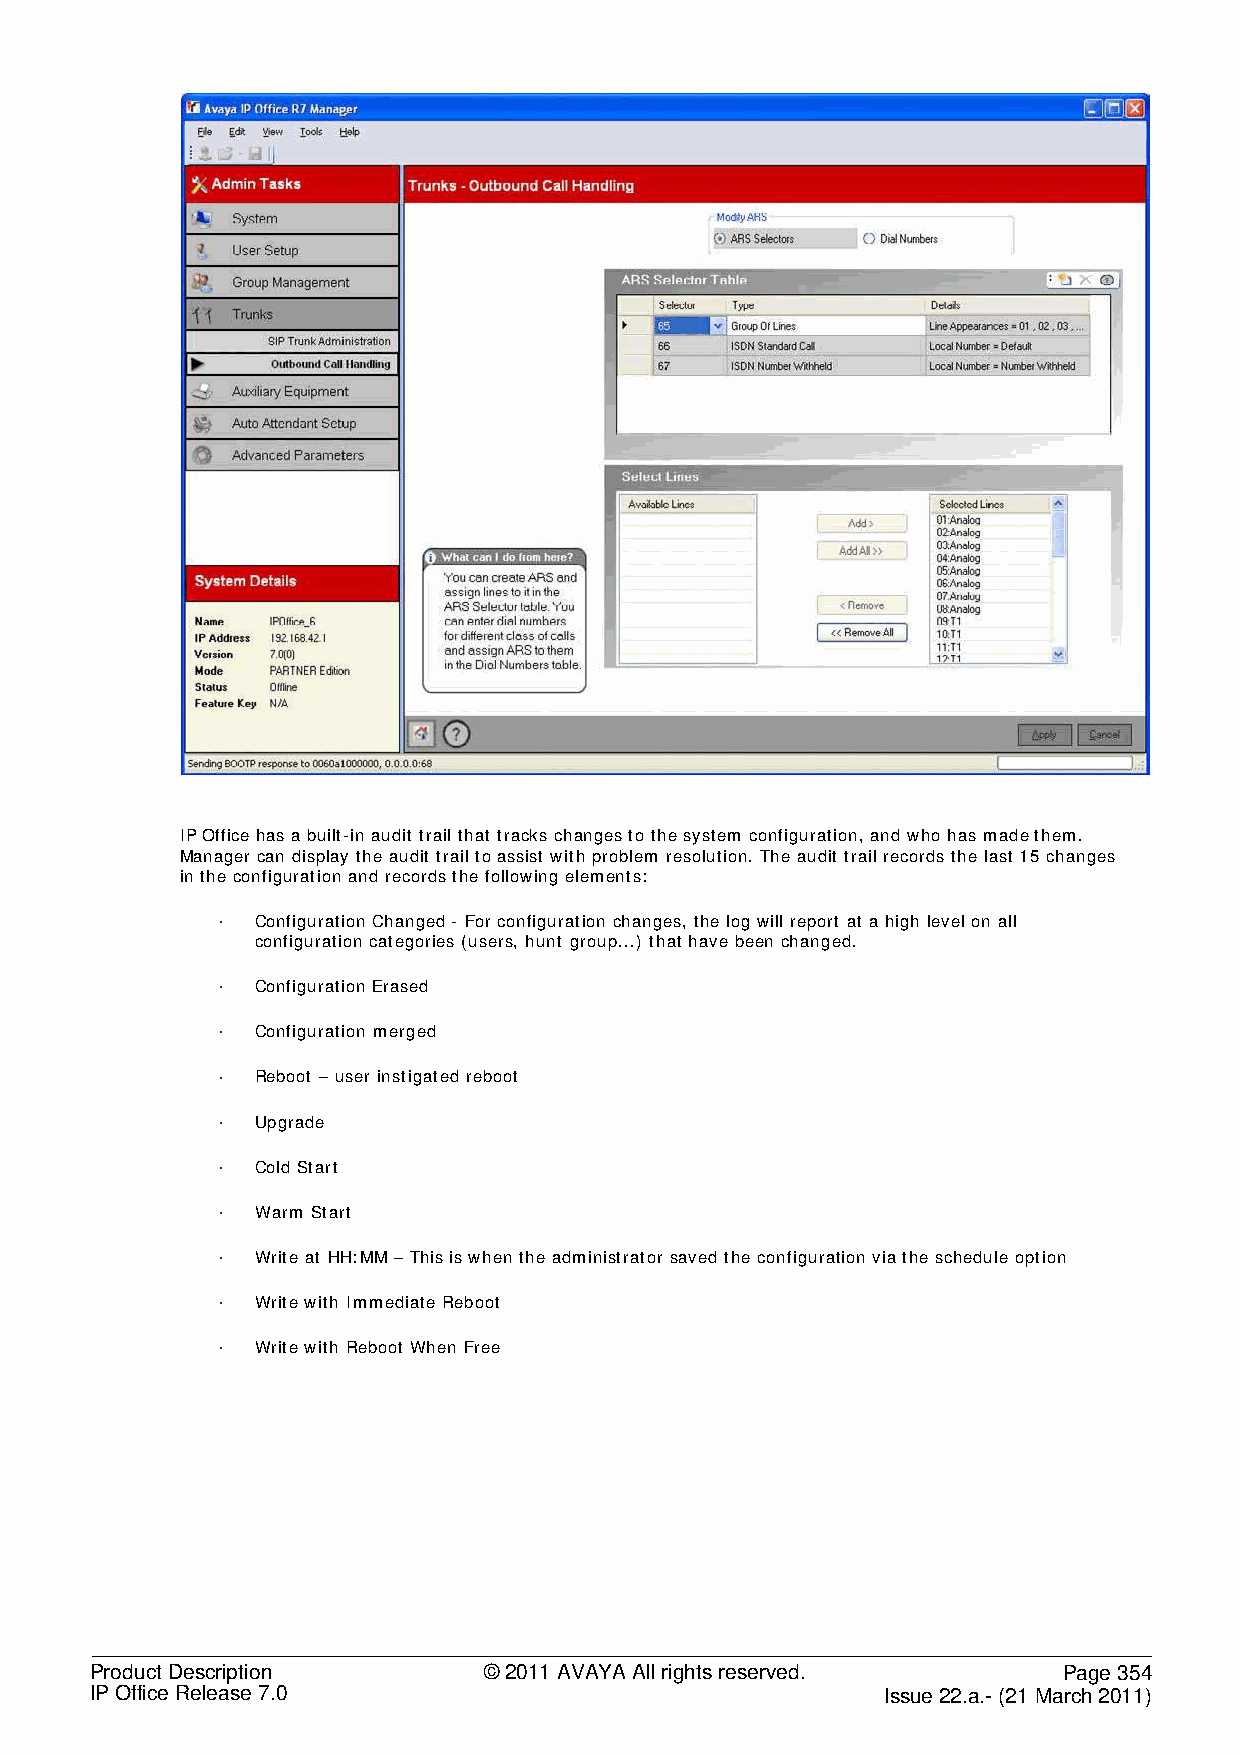
IP Office has a built-in audit trail that tracks changes to the system configuration, and who has made them.
 Manager can display the audit trail to assist with problem resolution. The audit trail records the last 15 changes
 in the configuration and records the following elements:
 ·  Configuration Changed - For configuration changes, the log will report at a high level on all
 configuration categories (users, hunt group...) that have been changed.
 ·  Configuration Erased
 ·  Configuration merged
 ·  Reboot – user instigated reboot
 ·  Upgrade
 ·  Cold Start
 ·  Warm Start
 ·  Write at HH:MM – This is when the administrator saved the configuration via the schedule option
 ·  Write with Immediate Reboot
 ·  Write with Reboot When Free
 Product Description       © 2011 AVAYA All rights reserved.     Page 354
 IP Office Release 7.0                                Issue 22.a.- (21 March 2011)